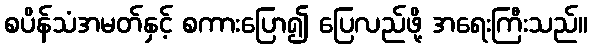
စပိန်သံအမတ်နှင့် စကားပြော၍ ပြေလည်ဖို့ အရေးကြီးသည်။